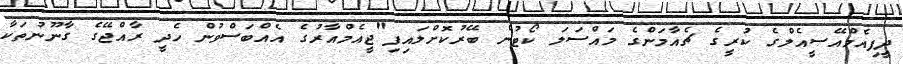
ދީފިއެމްއޭސީއެލްގެ ކުރީގެ ޗެއާމަންގެ މައްސަލަ ކޯޓުން ބޭރުކޮށްލައިފި"ޖީއެމްއާރުގެ އެއްބަސްވުން ހެދީ ރާއްޖޭގެ ގާނޫނުތަކާ